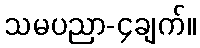
သမပညာ-၄ချက်။